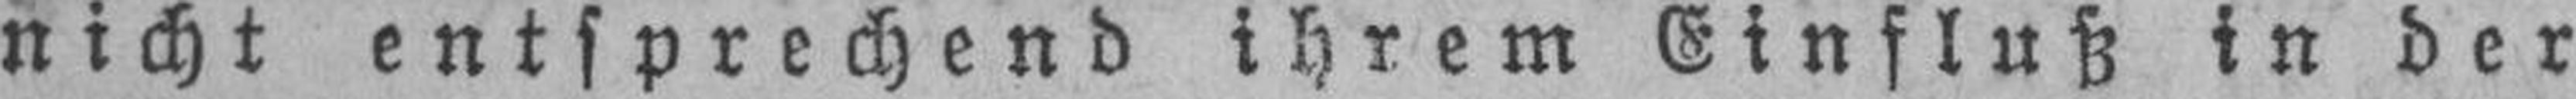
nicht entsprechend ihrem Einfluß in der